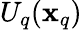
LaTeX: U_{q}(\mathbf{x}_{q})